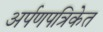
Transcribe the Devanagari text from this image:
अर्पणपत्रिकेत